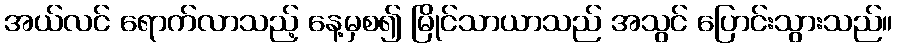
အယ်လင် ရောက်လာသည့် နေ့မှစ၍ မြိုင်သာယာသည် အသွင် ပြောင်းသွားသည်။